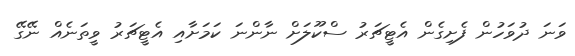
ވަނަ ދުވަހުން ފެށިގެން އެޓީޗަރު ސްކޫލަށް ނާންނަ ކަމަށާއި އެޓީޗަރު ވީތަނެއް ނޭގޭ